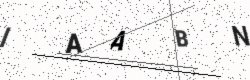
Text: IAABN